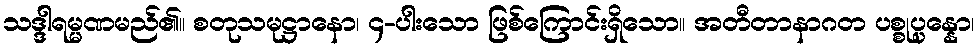
သဒ္ဒါရမ္မဏမည်၏။ စတုသမုဋ္ဌာနော၊ ၄-ပါးသော ဖြစ်ကြောင်းရှိသော။ အတီတာနာဂတ ပစ္စုပ္ပန္နော၊